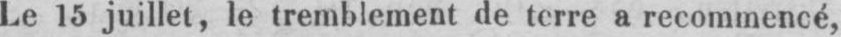
Le 15 juillet, le tremblement de terre a recommencé,